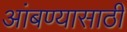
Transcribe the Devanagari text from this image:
आंबण्यासाठी